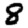
Digit: 8